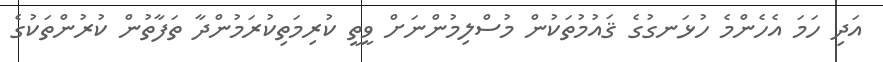
އަދި ހަމަ އެހެންމެ ހުޅަނގުގެ ޤައުމުތަކުން މުސްލިމުންނަށް ވީތީ ކުރިމަތިކުރަމުންދާ ތަފާތުން ކުރުންތަކުގެ